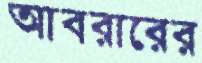
আবরারের